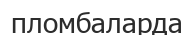
пломбаларда